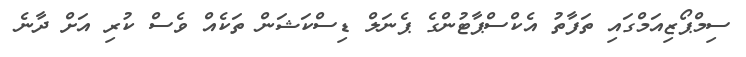
ސިމްޕޯޒިއަމްގައި ތަފާތު އެކްސްޕާޓުންގެ ޕެނަލް ޑިސްކަޝަން ތަކެއް ވެސް ކުރި އަށް ދާނެ